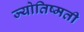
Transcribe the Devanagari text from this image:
ज्योतिष्मती